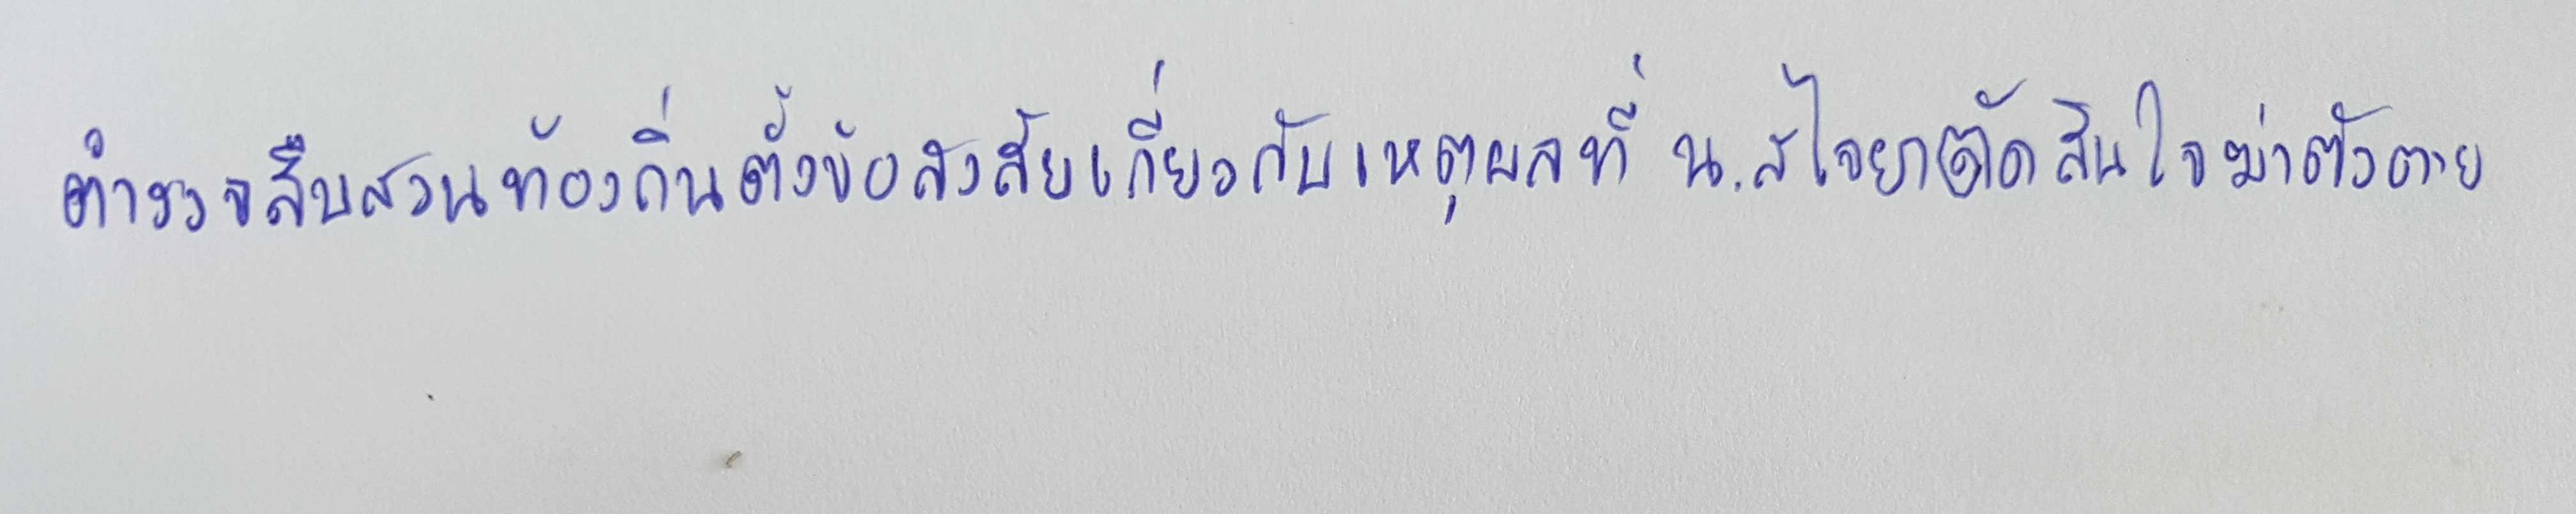
ตำรวจสืบสวนท้องถิ่นตั้งข้อสงสัยเกี่ยวกับเหตุผลที่น.ส.ไจยาตัดสินใจฆ่าตัวตาย